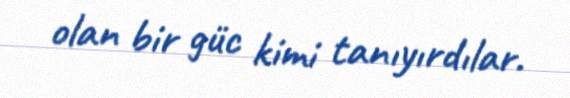
olan bir güc kimi tanıyırdılar.